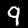
Label: 9